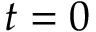
t = 0